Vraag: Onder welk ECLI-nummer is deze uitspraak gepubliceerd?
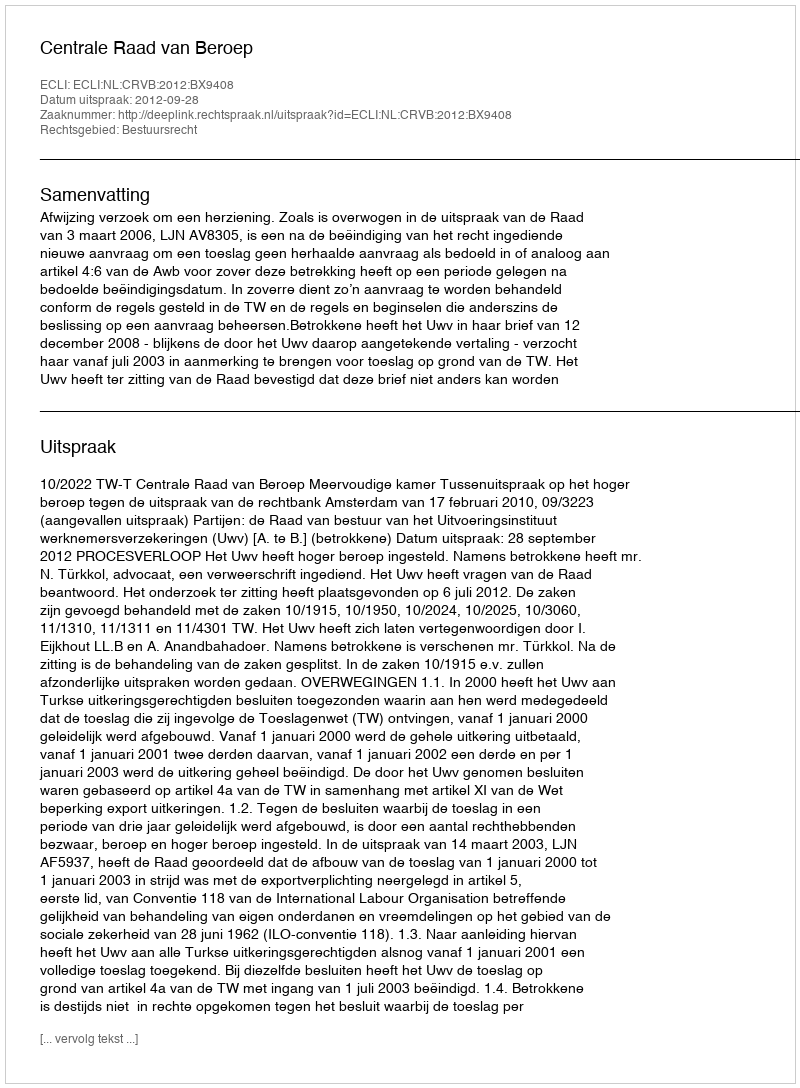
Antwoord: ECLI:NL:CRVB:2012:BX9408